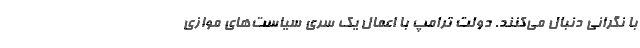
با نگرانی دنبال می‌کنند. دولت ترامپ با اعمال یک سری سیاست‌های موازی